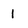
Character: 1